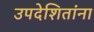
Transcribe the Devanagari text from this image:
उपदेशितांना